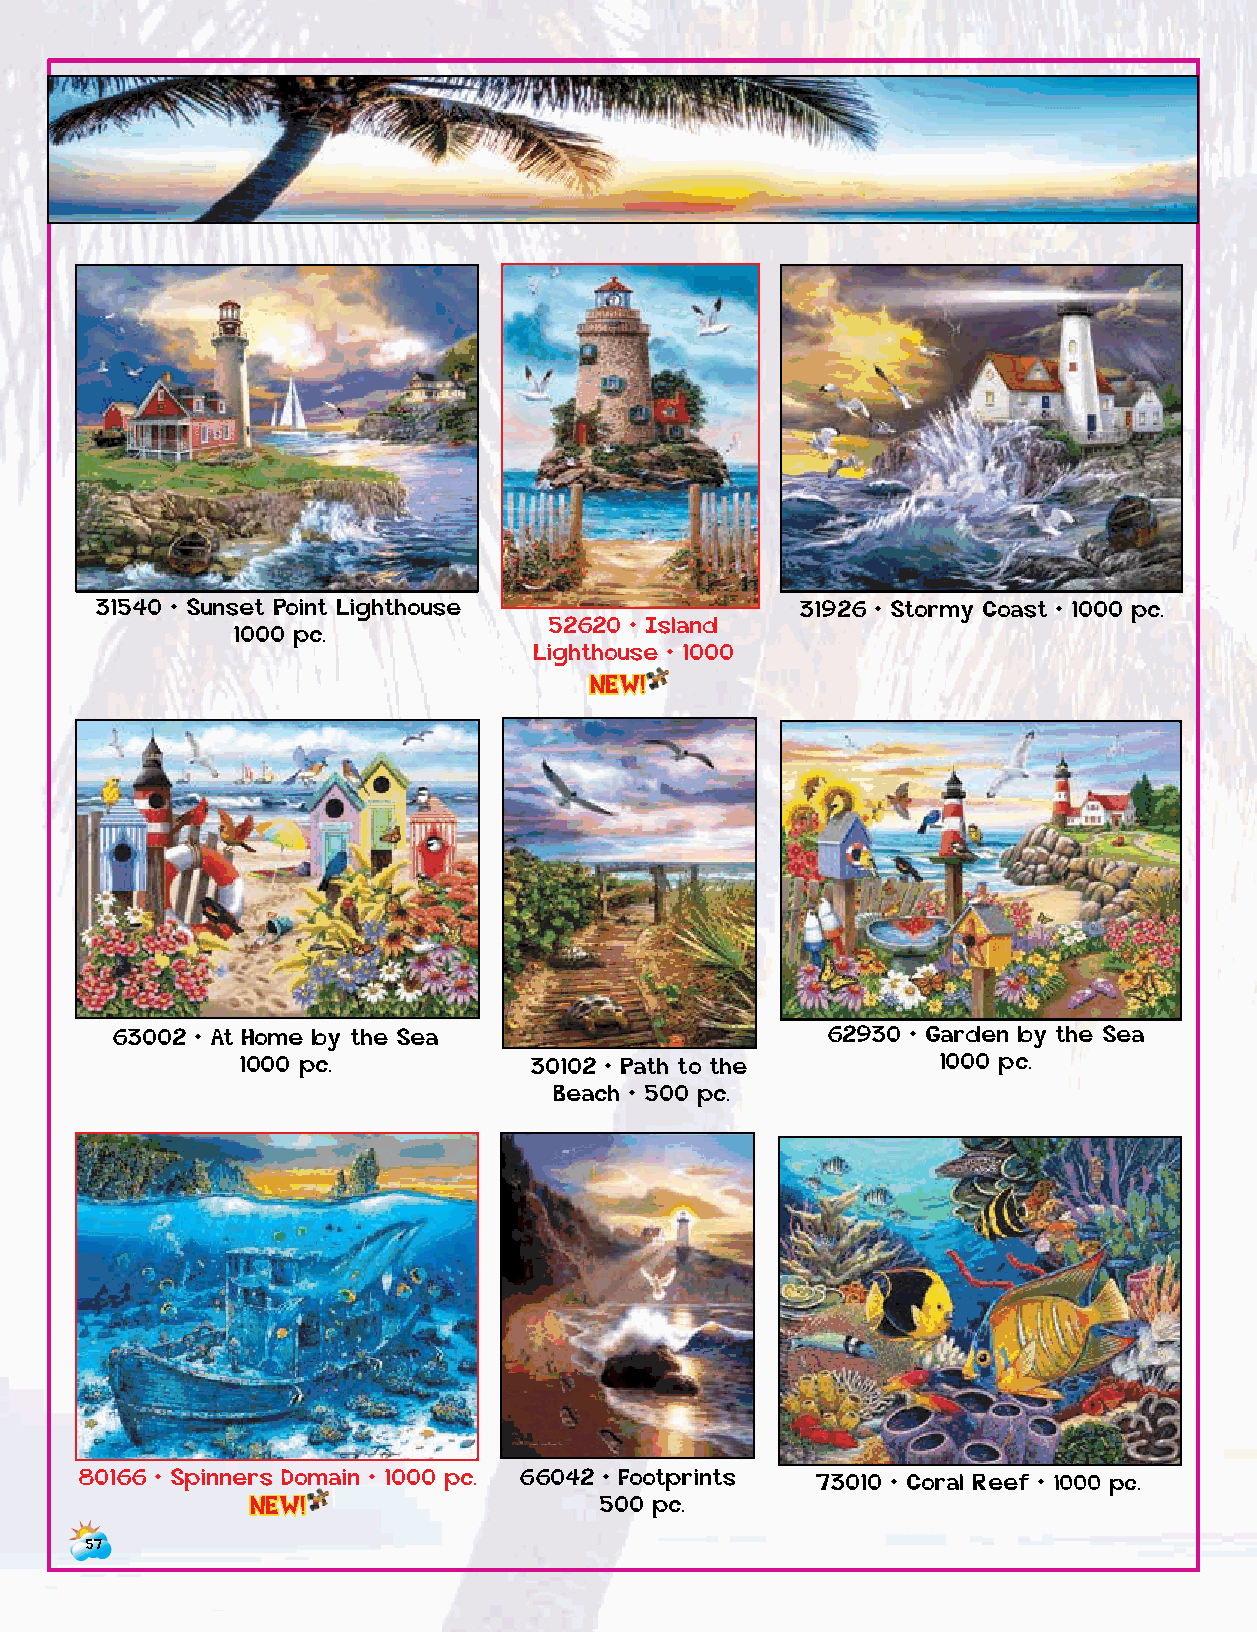
31540 • Sunset Point Lighthouse                31926 • Stormy Coast • 1000 pc.
 52620 • Island
 1000 pc.
 Lighthouse • 1000
 NEW!
 63002 • At Home by the Sea                      62930 • Garden by the Sea
 1000 pc.           30102 • Path to the        1000 pc.
 Beach • 500 pc.
 80166 • Spinners Domain • 1000 pc. 66042 • Footprints 73010 • Coral Reef • 1000 pc.   47170 • Mermaid Cafe
 NEW!                   500 pc.
 500 pc.
 57